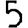
Digit: 5